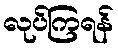
လုပ်ကြရန်